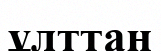
ұлттан